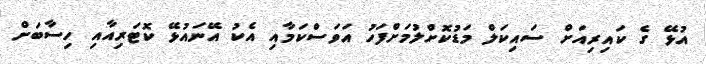
އުޅޭ ގެ ކައިރިއަށް ސައިކަލް މަޑުކޮށްލުމަށްފަހު އަވަސްކަމާއި އެކު އޭނައުޅޭ ކޮޓަރިއާއި ހިސާބަށް